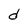
Character: d